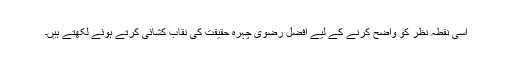
اسی نقطہ نظر کو واضح کرنے کے لیے افضل رضویؔ چہرہ حقیقت کی نقاب کشائی کرتے ہوئے لکھتے ہیں۔